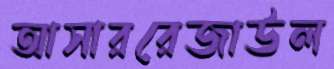
আসাররেজাউল